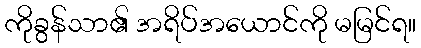
ကိုခွန်သာ၏ အရိပ်အယောင်ကို မမြင်ရ။